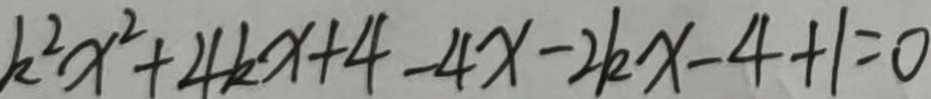
k ^ { 2 } x ^ { 2 } + 4 k x + 4 - 4 x - 2 k x - 4 + 1 = 0